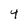
Character: 4